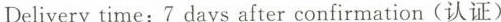
Delivery time: 7 days after confirmation（认证）